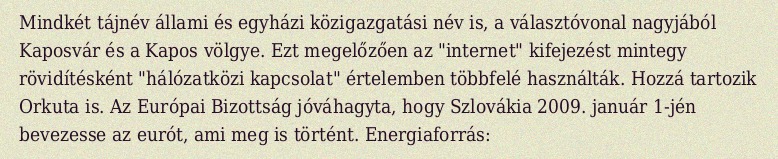
Mindkét tájnév állami és egyházi közigazgatási név is, a választóvonal nagyjából Kaposvár és a Kapos völgye. Ezt megelőzően az "internet" kifejezést mintegy rövidítésként "hálózatközi kapcsolat" értelemben többfelé használták. Hozzá tartozik Orkuta is. Az Európai Bizottság jóváhagyta, hogy Szlovákia 2009. január 1-jén bevezesse az eurót, ami meg is történt. Energiaforrás: